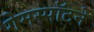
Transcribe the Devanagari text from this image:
गेमस्पॉटने